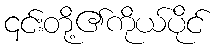
၎င်းတို့၏ကိုယ်ပိုင်